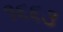
૧૬૬૩